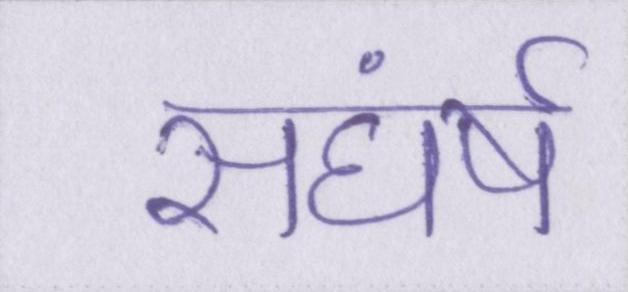
सघंर्ष